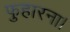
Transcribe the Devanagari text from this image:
फुहारना।